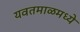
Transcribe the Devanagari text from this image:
यवतमाळमध्ये